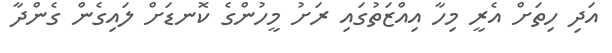
އަދި ހިތަށް އެރީ މިހާ އިއްޒަތުގައި ރަށު މީހުންގެ ކޮނޑަށް ލައިގެން ގެންދާ